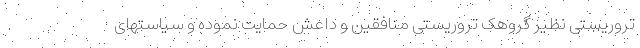
تروریستی نظیر گروهک تروریستی منافقین و داعش حمایت نموده و سیاستهای